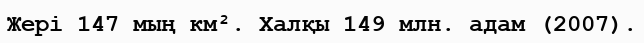
Жері 147 мың км². Халқы 149 млн. адам (2007).